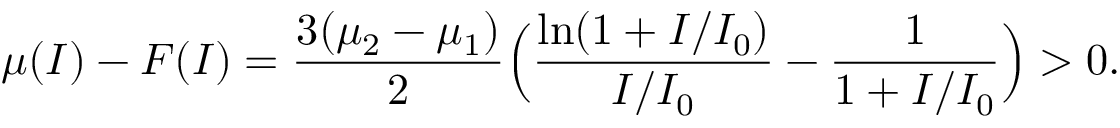
\mu ( I ) - F ( I ) = \frac { 3 ( \mu _ { 2 } - \mu _ { 1 } ) } { 2 } \Big ( \frac { \ln ( 1 + I / I _ { 0 } ) } { I / I _ { 0 } } - \frac { 1 } { 1 + I / I _ { 0 } } \Big ) > 0 .